Vaccination in Bombay 1902-1912 - 1902-1912
Year: 1902
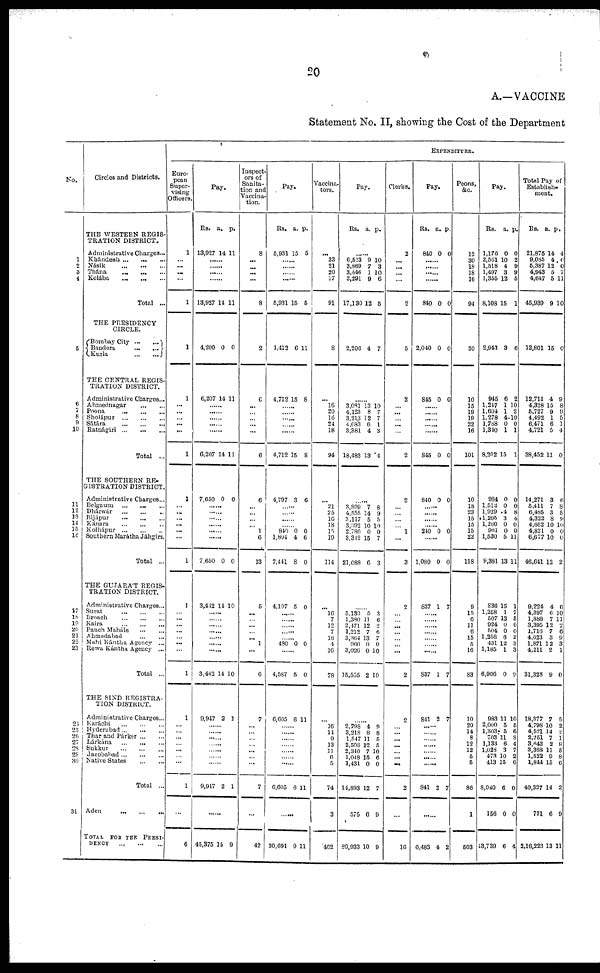
20
A.—VACCINE
Statement No. II, showing the Cost of the Department
No.
1
2
3
4
5
6
7
8
9
10
11
12
13
14
15
16
17
18
19
20
21
22
23
24
25
26
27
28
29
30
31
Circles and Districts.
THE WESTERN REGIS-
TRATION DISTRICT.
Administrative Charges...
Khándesh ... ... ...
Násik
...
...
...
Thána ... ... ...
Kolába
...
...
...
Total ...
THE PRESIDENCY
CIRCLE.
Bombay City
...
...
Bandora
...
...
Kurla
...
...
THE CENTRAL REGIS-
TRATION DISTRICT.
Administrative Charges...
Ahmednagar
...
...
Poona ... ... ...
Sholápur ... ... ...
Sátára ... ... ...
Ratnágiri ... ... ...
Total ...
THE SOUTHERN RE-
GISTRATION DISTRICT.
Administrative Charges...
Belgaum
...
...
...
Dhárwár ... ... ...
Bijápur ... ... ...
Kánara ... ... ...
Kolhápur
...
...
...
Southern Marátha Jáhgirs.
Total ...
THE GUJARAT REGIS-
TRATION DISTRICT.
Administrative Charges...
Surat
...
...
...
Broach
...
...
...
Kaira
...
...
...
Panch Maháls ... ...
Ahmedabad
...
...
Mahi Kántha Agency ...
Rewa Kántha Agency ...
Total ...
THE SIND REGISTRA-
TION DISTRICT.
Administrative Charges ...
Karáchi
...
...
...
Hyderabad ... ... ...
Thar and Párker ... ...
Lárkána ... ... ...
Sukkur ... ... ...
Jacobabad ... ... ...
Native States
...
...
Total ..
Aden
...
...
...
TOTAL FOR THE PRESI-
DENCY ... ... ...
EXPENDITURE.
Euro-
pean
Super-
vising
Officers.
1
...
...
...
...
1
1
1
...
...
...
...
...
1
1
...
...
...
...
...
...
1
1
...
...
...
...
...
...
...
1
1
...
...
...
...
...
...
...
1
...
6
Pay.
Rs.
a. p.
13,927 14 11
......
......
......
......
13,927 14 11
4,200 0 0
6,207 14 11
......
......
......
......
......
6,207 14 11
7,650 0 0
......
......
......
......
......
......
7,650
3,442
0
14
0
10
......
......
......
......
......
......
.........
3,442
9,947
14
2
10
1
......
......
......
......
......
......
......
9,947 2 1
...
45,375 14 9
Inspect-
ors of
Sanita-
tion and
Vaccina-
tion.
8
...
...
...
...
8
2
6
...
...
...
...
...
6
6
...
...
...
...
1
6
13
5
...
...
...
...
...
1
...
6
7
...
...
...
...
...
...
...
7
...
42
Pay.
Rs. a. p.
5,931 15 5
......
......
......
5,931 15 5
1,412 6 11
4,712 15 8
......
......
......
......
......
4,712 15 8
4,797 3 6
......
......
......
......
840
1,804
7,441
4,107
0
4
8
5
0
6
0
0
......
......
......
......
......
480 0 0
......
4,587
6,605
5
6
0
11
......
......
......
......
......
......
......
6,605 6 11
...
30,691 9 11
Vaccina-
tors.
...
33
21
20
17
91
8
...
16
20
16
24
18
94
...
21
25
16
18
15
19
114
...
16
7
12
7 16
4
16
78
...
16
14
9
13
11
6 5
74
3
462
Pay.
Rs. a. p.
......
6,523
3,869
3,446
3,291
17,130
9
7
1
9
12
10
3
10
6
5
2,206 4 7
......
3,081
4,123
3,213
4,683
3,381
18,483
13
8
12
6
4
13
10
7
7
1
3
4
......
3,899
4,555
3,117
3,392
2,780
3,312
21,088
7
14
5
10
0
15
6
8
9
5
10
0
7
3
......
3,139
1,380
2,471
1,212
3,364
960
3,026
15,555
5
11
12
7
13
0
0
2
3
6
2
6
7
0
10
10
...
2,798
3,218
1,547
2,508
2,340
1,048 1,431
14,893
575
89,933
4
8
11
12
7
15
0
12
6
10
9
8
5
5
10
6
0
7
9
9
Clerks.
2
...
...
...
...
2
5
2
...
...
...
...
...
2
2
...
...
...
...
1
...
3
2
...
...
...
...
...
...
...
2
2
...
...
...
...
...
...
...
2
...
16
Pay.
Rs. a. p.
840 0 0
......
......
......
......
840 0 0
2,040 0 0
845 0 0
......
......
......
......
......
845 0 0
840 0 0
......
......
......
......
240 0 0
......
1,080
837
0
1
0
7
......
......
......
......
......
......
......
837
841
1
2
7
7
......
......
......
......
......
......
841 2 7
......
6,483 4 2
Peons,
&c.
12
30
18
18
16
94
20
10
15
19
19
22
16
101
10
18
23
15
15
15
22
118
9
15
6
11
6
15
5
16
83
10
20
14
8
12
12
5
5
86
1
503
Pay.
Rs. a. p.
1,176
2,561
1,518
1,497
1,355
8,108
0
10
4
3
12
15
0
2 9
9
5
1
2,943 3 6
945
1,247
1,604 1,278
1,788
1,340
8,202
6
1
1 4
0
1
15
2
10
2 10
0
1
1
984
1,512
1,929
1,205
1,260
961
1,530
9,381
836
1,258
507
924
504
1,258
431 1,185
6,906
983
2,000
1,303
703
1,133
1,028
473
413
8,040
156
43,739
0
0
4
3
0
0
5
13
15
1
12
0
0
6
12 1
0
11
5
5
11
6
3
10
15
6
0
6
0
0
8
4
0
0
11
11
1
7
5
0
0
2
3 3
9
10
5
6
8
4
7
2
6
0
0
4
Total Pay of
Establish-
ment.
Rs.
a. p.
21,875
9,085 5,387
4,943
4,647
45,939
14
4 12
5
5
9
4
0 0
7
11
10
12,801 15 0
12,711
4,328
5,727 4,492
6,471
4,721
38,452
4
15
9
1
6
5
11
9
8
9 5
1
4
0
14,271
5,411
6,485
4,322
4,652
4,821
6,677
46,641
9,224
4,397
1,888
3,395
1,716
4,623
1,871 4,211
31,328
18,377
4,798
4,521
2,251
3,642
3,368
1,522
1,844
40,327
731
2,16,223
3
7
3
8
10
0
10
12
4
6
7
12
7
3
12 2
9
7
10
14
7
2
11
9
15
14
6
13
6
8
5
9
10
0
0
2
6
10
11 2
6
9
3 1
0
5
2
2
1
8
5
8
6
2
9
11